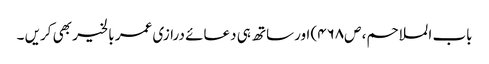
باب الملاحم، ص۴۶۸) اورساتھ ہی دعائے درازی عمر بالخیر بھی کریں ۔